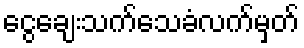
ငွေချေးသက်သေခံလက်မှတ်